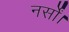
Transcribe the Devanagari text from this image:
नर्सों।